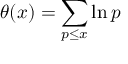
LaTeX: \theta ( x ) = \sum _ { p \leq x } \ln p